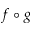
f \circ g